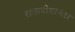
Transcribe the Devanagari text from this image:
सत्ताधीशांनंतर